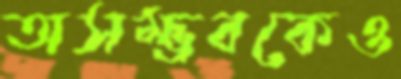
অসম্ভবকেও